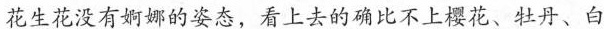
花生花没有婀娜的姿态，看上去的确比不上樱花、牡丹、白